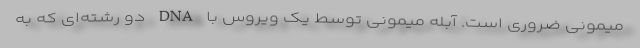
میمونی ضروری است. آبله میمونی توسط یک ویروس با DNA دو رشته‌ای که به